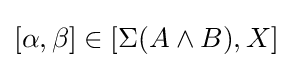
[\alpha ,\beta ]\in [\Sigma (A\wedge B),X]